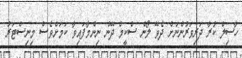
ހާސިލް ކުރާ ދަރިވަރުންނަށް ދެވޭ ލޯން ސްކީމް ދޭން ނިންމާފައިވާ ކަމަށްވެސް މިނިސްޓަރު